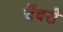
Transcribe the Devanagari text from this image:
चेंबरों